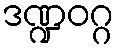
ဒဏ္ဍဝဂ္ဂ